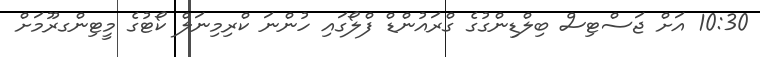
10:30 އަށް ޖަސްޓިސް ބިލްޑިންގުގެ ގްރައުންޑް ފްލޯގައި ހުންނަ ކްރިމިނަލް ކޯޓުގެ މީޓިންގރޫމަށް